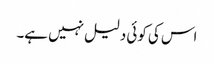
اس کی کوئی دلیل نہیں ہے۔